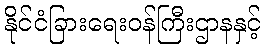
နိုင်ငံခြားရေးဝန်ကြီးဌာနနှင့်